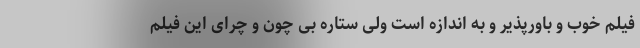
فیلم خوب و باورپذیر و به اندازه است ولی ستاره بی چون و چرای این فیلم